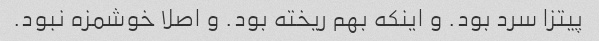
پیتزا سرد بود. و اینکه بهم ریخته بود. و اصلا خوشمزه نبود.